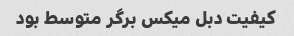
کیفیت دبل میکس برگر متوسط بود